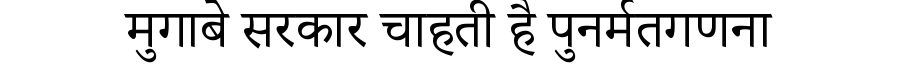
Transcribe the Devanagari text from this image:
मुगाबे सरकार चाहती है पुनर्मतगणना